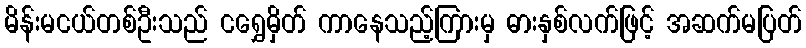
မိန်းမငယ်တစ်ဦးသည် ငရွှေမှိတ် ကာနေသည့်ကြားမှ ဓားနှစ်လက်ဖြင့် အဆက်မပြတ်